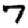
Digit: 7